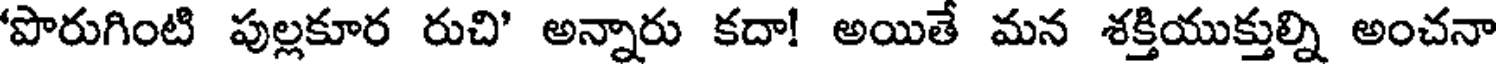
'పొరుగింటి పుల్లకూర రుచి' అన్నారు కదా! అయితే మన శక్తియుక్తుల్ని అంచనా